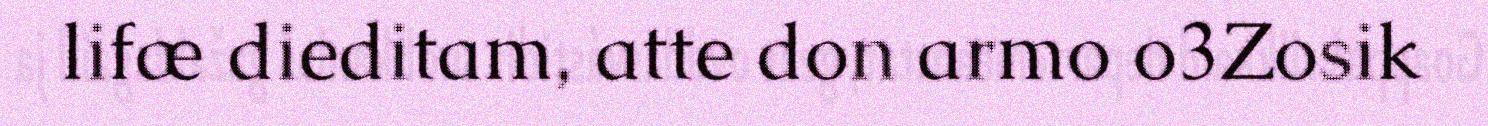
lifæ dieditam, atte don armo o3Zosik